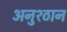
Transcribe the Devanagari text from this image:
अनुश्ठान